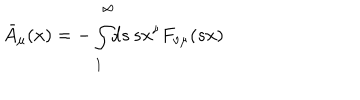
\bar { A } _ { \mu } ( x ) = - \int _ { 1 } ^ { \infty } \! \! d s \, s x ^ { \nu } F _ { \nu \mu } ( s x )